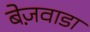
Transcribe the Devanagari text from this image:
बेज़वाडा